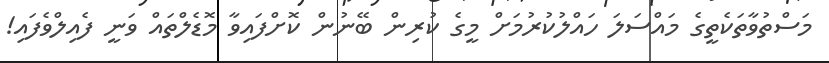
މަސްތުވާތަކެތީގެ މައްސަލަ ހައްލުކުރުމަށް މީގެ ކުރިން ބޭނުން ކޮށްފައިވާ މޮޑެލްތައް ވަނީ ފެއިލްވެފައި!